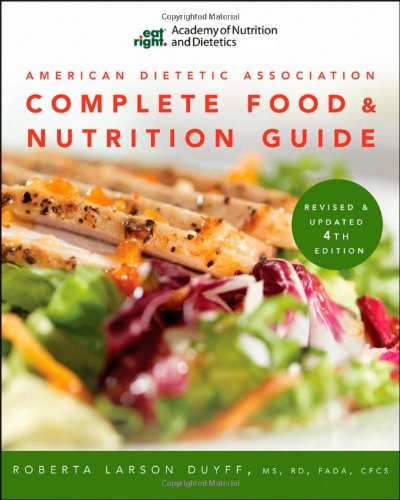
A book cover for American Dietetic Association Complete Food and Nutrition Guide, Revised and Updated 4th Edition; Roberta Larson Duyff; Cookbooks, Food & Wine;